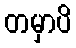
တမှာပိ